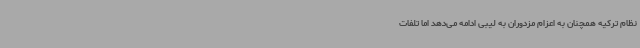
نظام ترکیه همچنان به اعزام مزدوران به لیبی ادامه می‌دهد اما تلفات